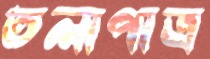
তলাপাত্র